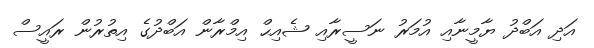
އަދި އަބްދު ޔާމީނާއި އުމަރު ނަސީރާއި ޝެއިޙް އިމްރާން އަބްދުގެ އިތުރުން ރައީސް